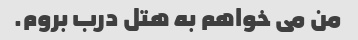
من می خواهم به هتل درب بروم.